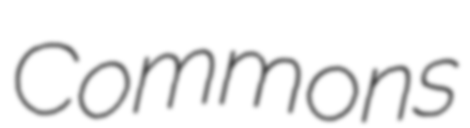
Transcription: Commons